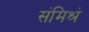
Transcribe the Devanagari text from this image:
संमिश्रं